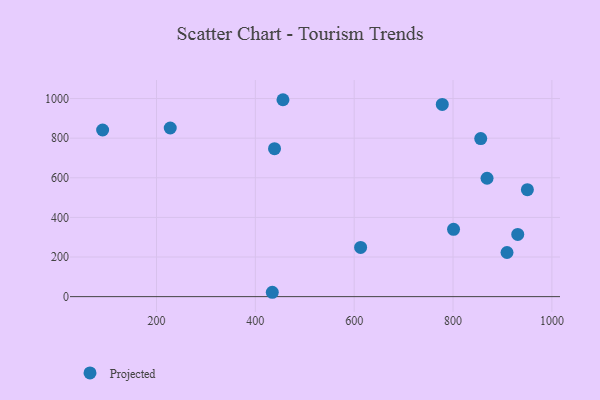
{"axis": {"x": "Engine Size", "y": "Yield"}, "legend": ["Projected"], "data": [{"x": "438.8", "y": 746.9, "type": "Projected"}, {"x": "856.0", "y": 797.9, "type": "Projected"}, {"x": "227.8", "y": 851.3, "type": "Projected"}, {"x": "91.0", "y": 841.1, "type": "Projected"}, {"x": "868.8", "y": 597.6, "type": "Projected"}, {"x": "950.4", "y": 540.0, "type": "Projected"}, {"x": "801.0", "y": 339.8, "type": "Projected"}, {"x": "930.9", "y": 313.8, "type": "Projected"}, {"x": "778.2", "y": 970.3, "type": "Projected"}, {"x": "613.0", "y": 248.5, "type": "Projected"}, {"x": "909.2", "y": 222.7, "type": "Projected"}, {"x": "434.3", "y": 22.0, "type": "Projected"}, {"x": "455.9", "y": 994.0, "type": "Projected"}]}